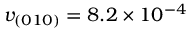
v _ { ( 0 1 0 ) } = 8 . 2 \times 1 0 ^ { - 4 }